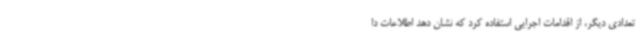
تعدادی دیگر، از اقدامات اجرایی استفاده کرد که نشان دهد اطلاعات دا